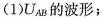
(1)U_{AB}的波形；